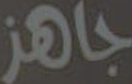
جاهز